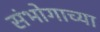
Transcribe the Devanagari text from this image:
संभोगाच्या